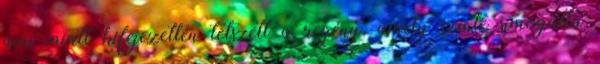
ami miatt kifejezetten tetszett a regény, amely szinte simogatta